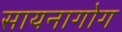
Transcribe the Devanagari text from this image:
सायनागोग